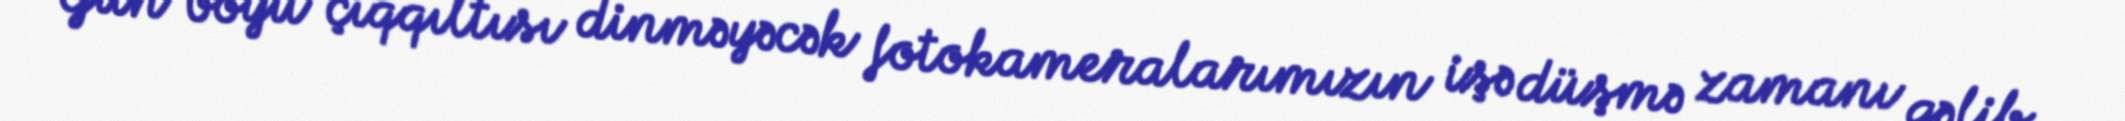
Gün boyu çıqqıltısı dinməyəcək fotokameralarımızın işə düşmə zamanı gəlib...